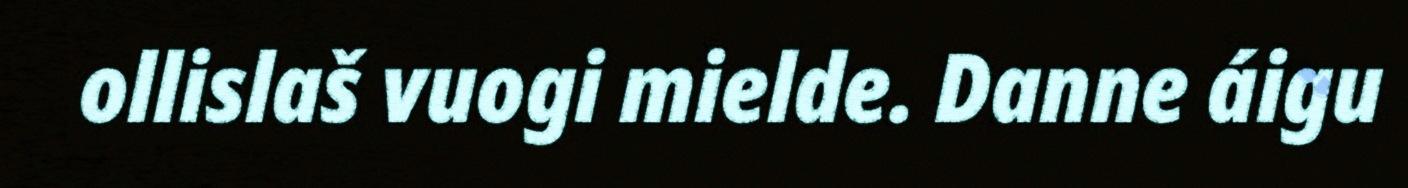
ollislaš vuogi mielde. Danne áigu